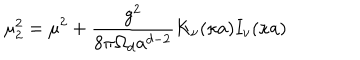
LaTeX: \mu _ { 2 } ^ { 2 } = \mu ^ { 2 } + { \frac { g ^ { 2 } } { 8 { \pi } \Omega _ { d } a ^ { d - 2 } } } K _ { \nu } ( \kappa a ) I _ { \nu } ( \kappa a )